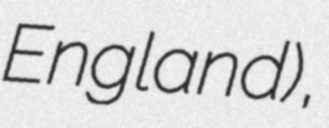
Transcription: England),